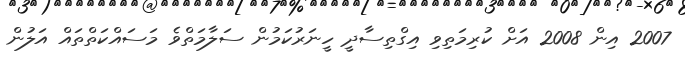
2007 އިން 2008 އަށް ކުރިމަތިވި އިގްތިސާދީ ހީނަރުކަމުން ސަލާމަތްވެ މަސައްކަތްތައް އަލުން